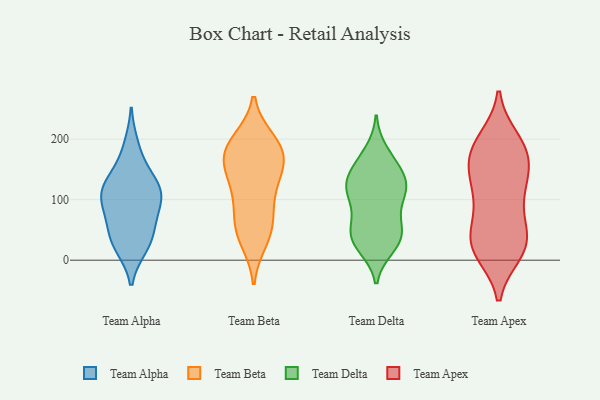
{"axis": {"x": "Inventory Turnover", "y": "Value"}, "legend": ["Team Alpha", "Team Apex", "Team Beta", "Team Delta"], "data": [{"x": "", "y": 152, "type": "Team Alpha"}, {"x": "", "y": 64, "type": "Team Alpha"}, {"x": "", "y": 101, "type": "Team Alpha"}, {"x": "", "y": 90, "type": "Team Alpha"}, {"x": "", "y": 115, "type": "Team Alpha"}, {"x": "", "y": 60, "type": "Team Alpha"}, {"x": "", "y": 24, "type": "Team Alpha"}, {"x": "", "y": 36, "type": "Team Alpha"}, {"x": "", "y": 130, "type": "Team Alpha"}, {"x": "", "y": 21, "type": "Team Alpha"}, {"x": "", "y": 190, "type": "Team Alpha"}, {"x": "", "y": 116, "type": "Team Alpha"}, {"x": "", "y": 109, "type": "Team Alpha"}, {"x": "", "y": 110, "type": "Team Beta"}, {"x": "", "y": 142, "type": "Team Beta"}, {"x": "", "y": 177, "type": "Team Beta"}, {"x": "", "y": 65, "type": "Team Beta"}, {"x": "", "y": 184, "type": "Team Beta"}, {"x": "", "y": 197, "type": "Team Beta"}, {"x": "", "y": 143, "type": "Team Beta"}, {"x": "", "y": 104, "type": "Team Beta"}, {"x": "", "y": 174, "type": "Team Beta"}, {"x": "", "y": 161, "type": "Team Beta"}, {"x": "", "y": 192, "type": "Team Beta"}, {"x": "", "y": 44, "type": "Team Beta"}, {"x": "", "y": 59, "type": "Team Beta"}, {"x": "", "y": 33, "type": "Team Beta"}, {"x": "", "y": 146, "type": "Team Delta"}, {"x": "", "y": 127, "type": "Team Delta"}, {"x": "", "y": 121, "type": "Team Delta"}, {"x": "", "y": 100, "type": "Team Delta"}, {"x": "", "y": 45, "type": "Team Delta"}, {"x": "", "y": 54, "type": "Team Delta"}, {"x": "", "y": 121, "type": "Team Delta"}, {"x": "", "y": 55, "type": "Team Delta"}, {"x": "", "y": 97, "type": "Team Delta"}, {"x": "", "y": 32, "type": "Team Delta"}, {"x": "", "y": 25, "type": "Team Delta"}, {"x": "", "y": 167, "type": "Team Delta"}, {"x": "", "y": 156, "type": "Team Delta"}, {"x": "", "y": 126, "type": "Team Delta"}, {"x": "", "y": 32, "type": "Team Delta"}, {"x": "", "y": 102, "type": "Team Delta"}, {"x": "", "y": 21, "type": "Team Delta"}, {"x": "", "y": 131, "type": "Team Delta"}, {"x": "", "y": 180, "type": "Team Delta"}, {"x": "", "y": 57, "type": "Team Delta"}, {"x": "", "y": 139, "type": "Team Apex"}, {"x": "", "y": 175, "type": "Team Apex"}, {"x": "", "y": 19, "type": "Team Apex"}, {"x": "", "y": 199, "type": "Team Apex"}, {"x": "", "y": 25, "type": "Team Apex"}, {"x": "", "y": 82, "type": "Team Apex"}, {"x": "", "y": 154, "type": "Team Apex"}, {"x": "", "y": 109, "type": "Team Apex"}, {"x": "", "y": 28, "type": "Team Apex"}, {"x": "", "y": 159, "type": "Team Apex"}, {"x": "", "y": 29, "type": "Team Apex"}, {"x": "", "y": 13, "type": "Team Apex"}, {"x": "", "y": 124, "type": "Team Apex"}, {"x": "", "y": 187, "type": "Team Apex"}, {"x": "", "y": 122, "type": "Team Apex"}, {"x": "", "y": 67, "type": "Team Apex"}, {"x": "", "y": 185, "type": "Team Apex"}, {"x": "", "y": 17, "type": "Team Apex"}, {"x": "", "y": 191, "type": "Team Apex"}, {"x": "", "y": 46, "type": "Team Apex"}]}